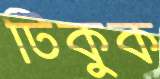
টিকুক